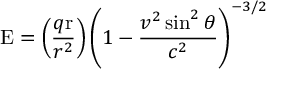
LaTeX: \mathrm { E } = \left( { \frac { q \mathrm { r } } { r ^ { 2 } } } \right) \left( 1 - { \frac { v ^ { 2 } \sin ^ { 2 } \theta } { c ^ { 2 } } } \right) ^ { - 3 / 2 }